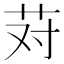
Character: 𰰱